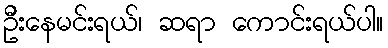
ဦးနေမင်းရယ်၊ ဆရာ ကောင်းရယ်ပါ။